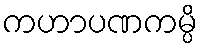
ကဟာပဏကမ္ပိ